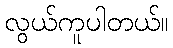
လွယ်ကူပါတယ်။